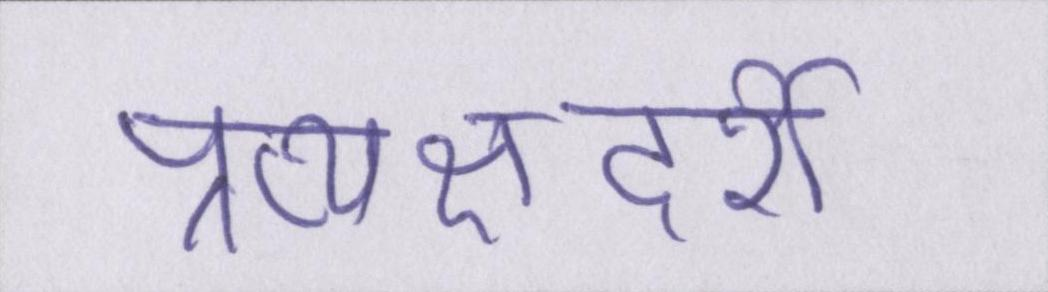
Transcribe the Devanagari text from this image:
प्रत्यक्षदर्शी